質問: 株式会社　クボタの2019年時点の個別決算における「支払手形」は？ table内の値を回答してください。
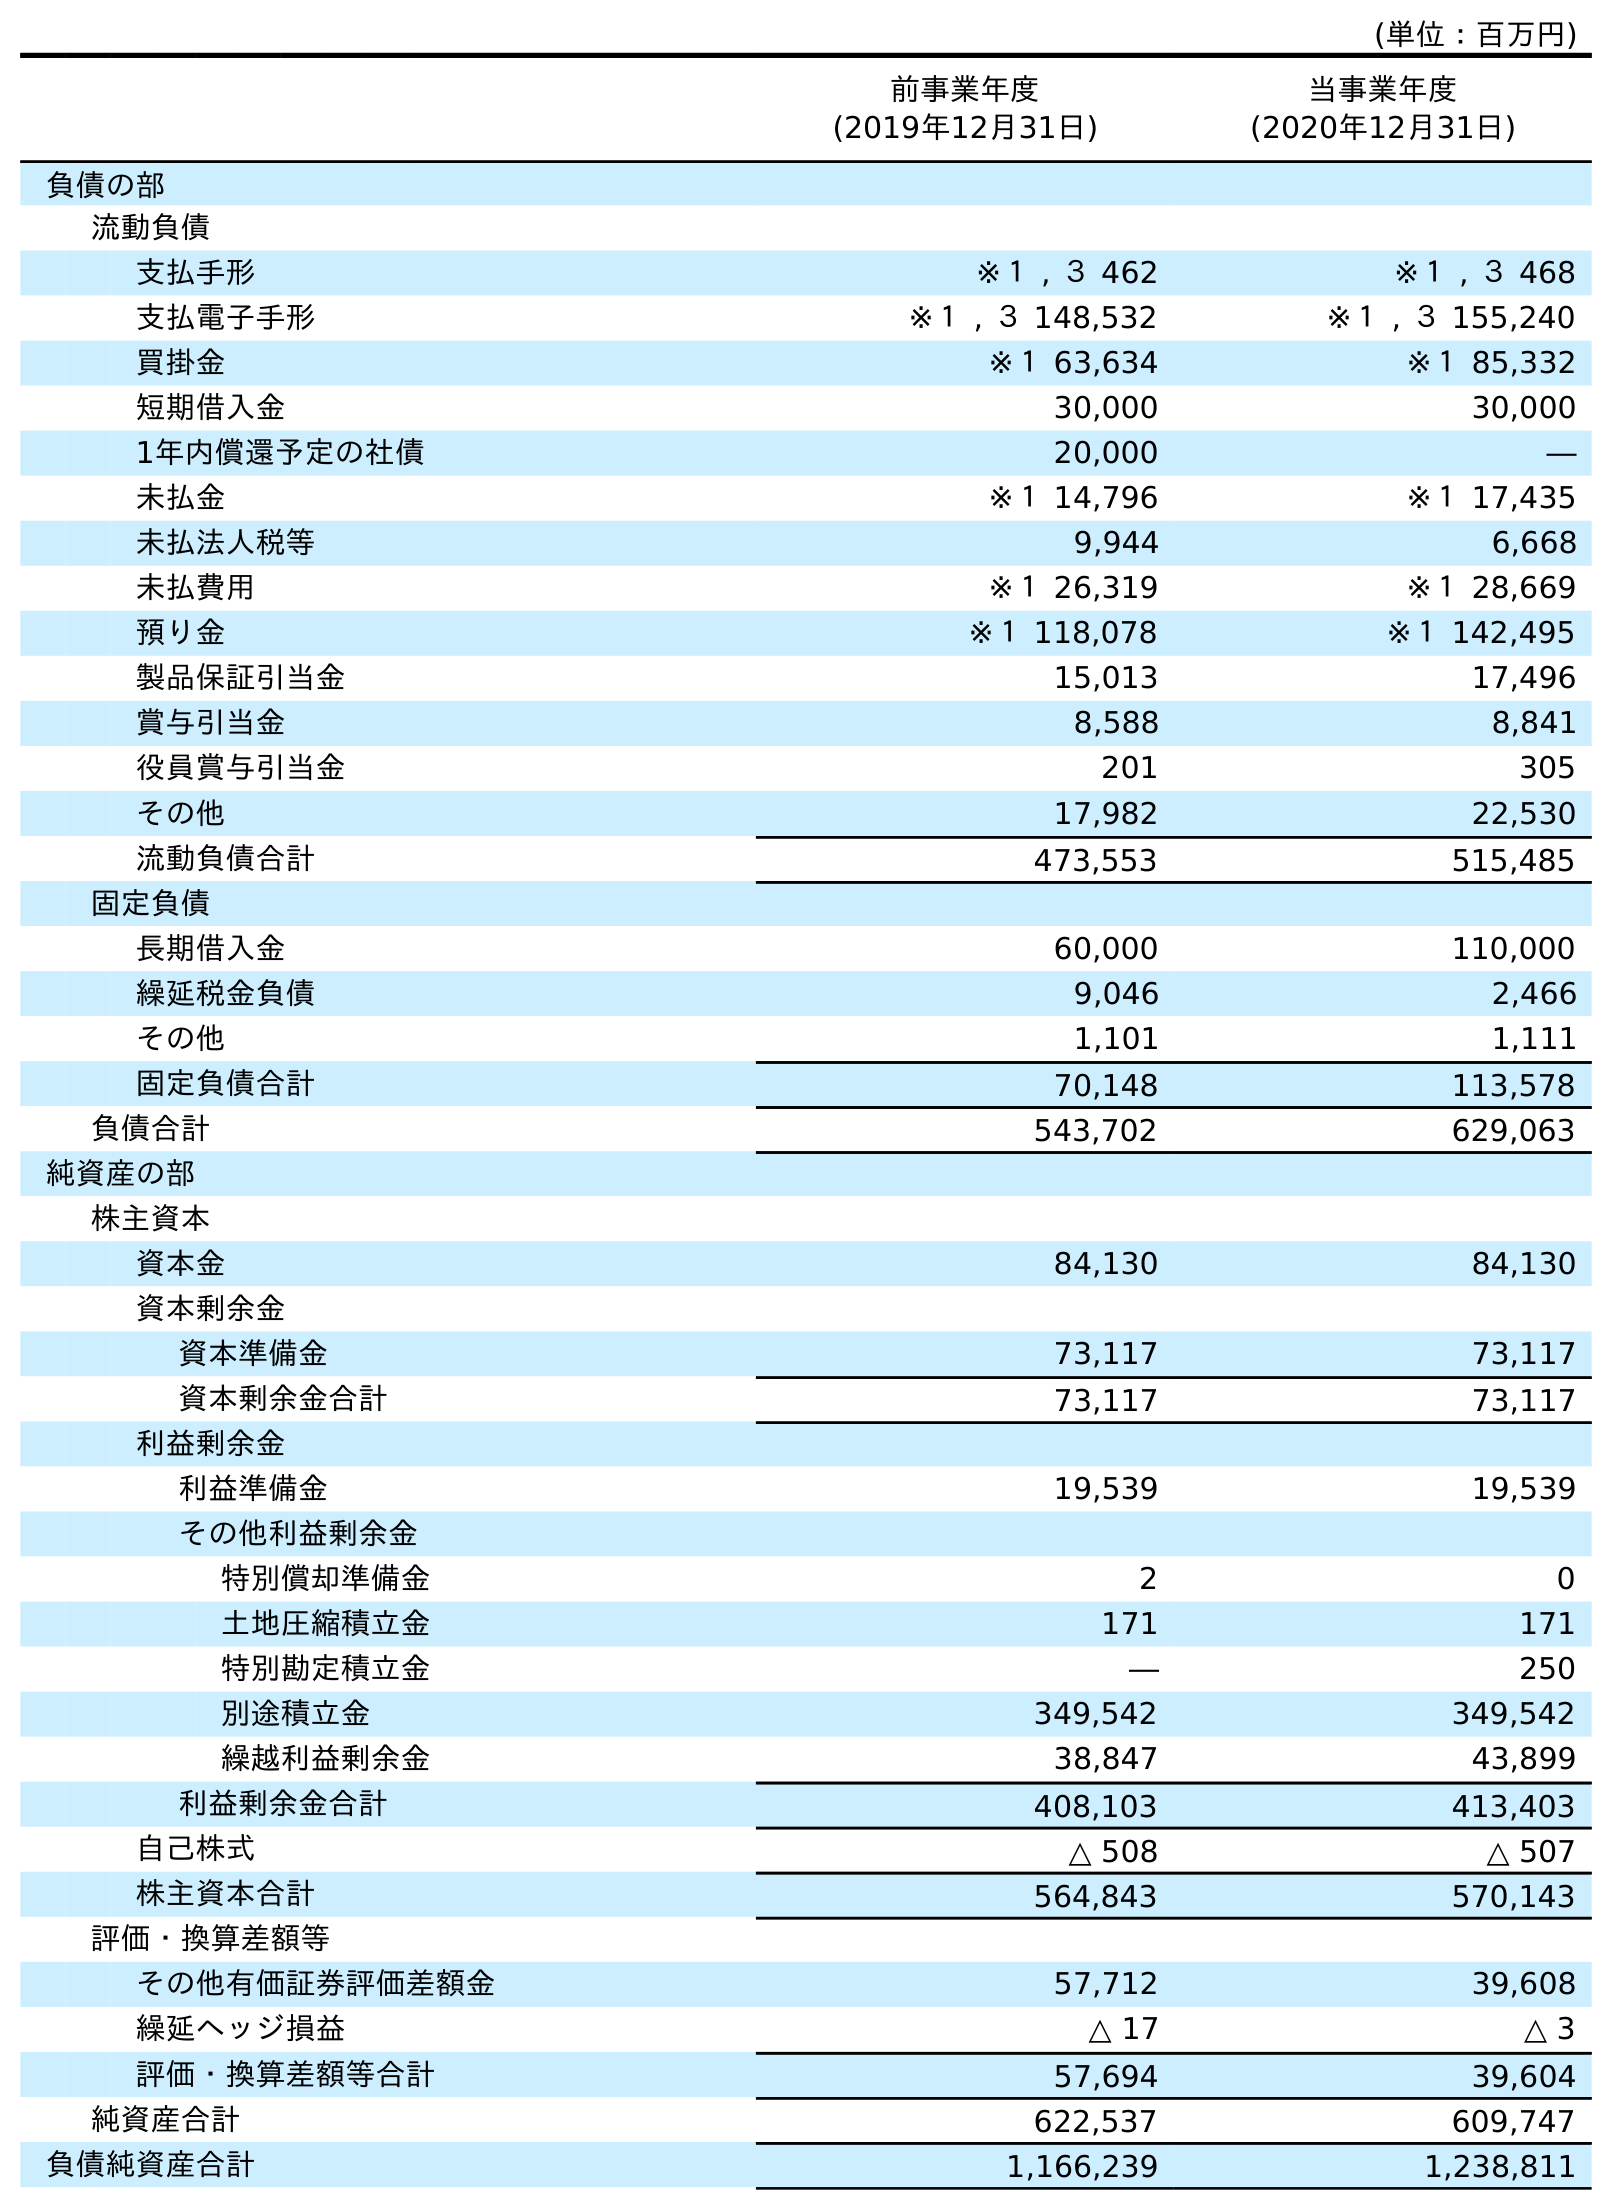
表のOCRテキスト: (単位：百万円) 前事業年度 (2019年12月31日) 当事業年度 (2020年12月31日) 負債の部 流動負債 支払手形 ※１ , ３ 462 ※１ , ３ 468 支払電子手形 ※１ , ３ 148,532 ※１ , ３ 155,240 買掛金 ※１ 63,634 ※１ 85,332 短期借入金 30,000 30,000 1年内償還予定の社債 20,000 ― 未払金 ※１ 14,796 ※１ 17,435 未払法人税等 9,944 6,668 未払費用 ※１ 26,319 ※１ 28,669 預り金 ※１ 118,078 ※１ 142,495 製品保証引当金 15,013 17,496 賞与引当金 8,588 8,841 役員賞与引当金 201 305 その他 17,982 22,530 流動負債合計 473,553 515,485 固定負債 長期借入金 60,000 110,000 繰延税金負債 9,046 2,466 その他 1,101 1,111 固定負債合計 70,148 113,578 負債合計 543,702 629,063 純資産の部 株主資本 資本金 84,130 84,130 資本剰余金 資本準備金 73,117 73,117 資本剰余金合計 73,117 73,117 利益剰余金 利益準備金 19,539 19,539 その他利益剰余金 特別償却準備金 2 0 土地圧縮積立金 171 171 特別勘定積立金 ― 250 別途積立金 349,542 349,542 繰越利益剰余金 38,847 43,899 利益剰余金合計 408,103 413,403 自己株式 △ 508 △ 507 株主資本合計 564,843 570,143 評価・換算差額等 その他有価証券評価差額金 57,712 39,608 繰延ヘッジ損益 △ 17 △ 3 評価・換算差額等合計 57,694 39,604 純資産合計 622,537 609,747 負債純資産合計 1,166,239 1,238,811
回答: ※１,３462